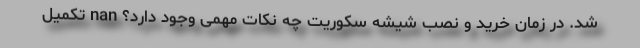
شد. در زمان خرید و نصب شیشه سکوریت چه نکات مهمی وجود دارد؟ nan تکمیل